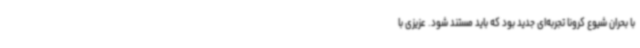
با بحران شیوع کرونا تجربه‌ای جدید بود که باید مستند شود. عزیزی با